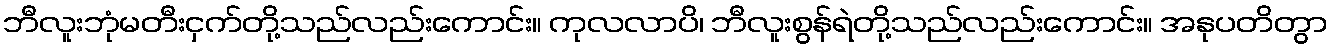
ဘီလူးဘုံမတီးငှက်တို့သည်လည်းကောင်း။ ကုလလာပိ၊ ဘီလူးစွန်ရဲတို့သည်လည်းကောင်း။ အနုပတိတွာ